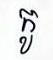
កូ